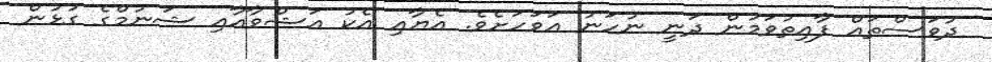
ދުވަސްތައް ފާއިތުވަމުން ދަނީ ނުހަނު އަވަހަށެވެ. އެޔާއި އެކު އަޝްވާއާއި ޝަނުމްގެ ގުޅުން